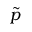
\tilde { p }